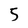
Character: 5